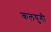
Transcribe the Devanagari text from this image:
कलयुगी